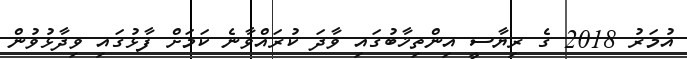
އުމަރު 2018 ގެ ރިޔާސީ އިންތިޚާބުގައި ވާދަ ކުރައްވާނެ ކަމަށް ފާޅުގަައި ވިދާޅުވުން